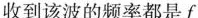
收到该波的频率都是f